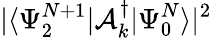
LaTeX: |\langle\Psi_{2}^{N+1}|\mathcal{A}_{k}^{\dagger}|\Psi_{0}^{N}\rangle|^{2}